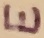
Text: E